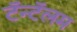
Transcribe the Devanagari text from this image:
टॅन्टॅलम